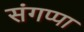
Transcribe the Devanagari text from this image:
संगप्पा